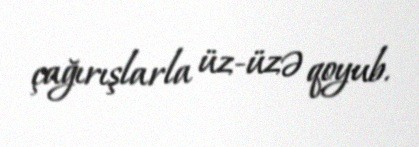
çağırışlarla üz-üzə qoyub.